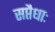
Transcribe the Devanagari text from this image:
सप्तैधाः